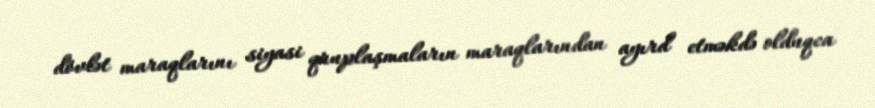
dövlət maraqlarını siyasi qruplaşmaların maraqlarından ayırd etməkdə olduqca